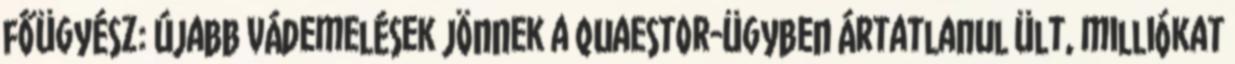
főügyész: Újabb vádemelések jönnek a Quaestor-ügyben Ártatlanul ült, milliókat